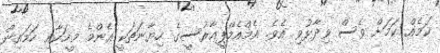
ކަމެއް ކަމަށް ވެސް ވިދާޅުވި އެވެ. އެމްއެމްޕީއާރުސީގެ ހިޔާނަތަކީ އެންމެ މީހަކާއި ހަމައިން